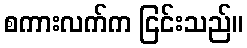
စကားလက်က ငြင်းသည်။